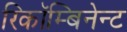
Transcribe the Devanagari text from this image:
रिकॉम्बिनेन्ट